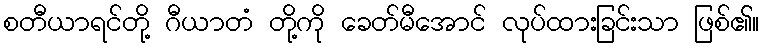
စတီယာရင်တို့ ဂီယာတံ တို့ကို ခေတ်မီအောင် လုပ်ထားခြင်းသာ ဖြစ်၏။